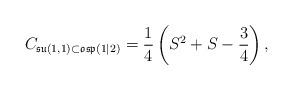
LaTeX: \begin{align*} C_{\mathfrak{su}(1,1)\subset \mathfrak{osp}(1|2)}=\frac{1}{4}\left(S^2+S-\frac{3}{4}\right),\end{align*}